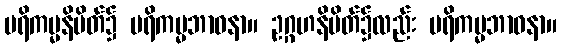
ပရိကမ္မနိမိတ်၌ ပရိကမ္မဘာဝနာ။ ဥဂ္ဂဟနိမိတ်၌လည်း ပရိကမ္မဘာဝနာ။